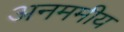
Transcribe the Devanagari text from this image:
अनममीय